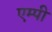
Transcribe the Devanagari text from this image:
एम्पी